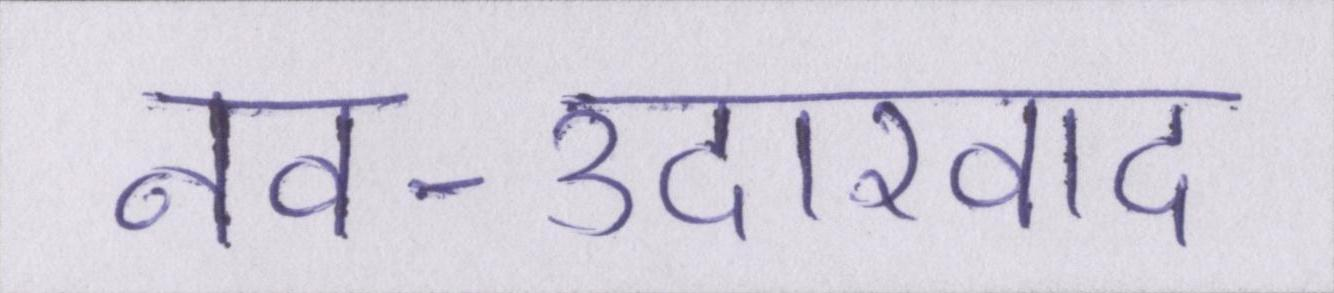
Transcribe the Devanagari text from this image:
नव-उदारवाद